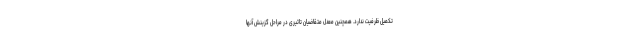
تکمیل ظرفیت ندارد. همچنین معدل متقاضیان تاثیری در مراحل گزینش آنها